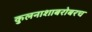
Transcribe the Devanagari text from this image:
कुलनाशाबरोबरच